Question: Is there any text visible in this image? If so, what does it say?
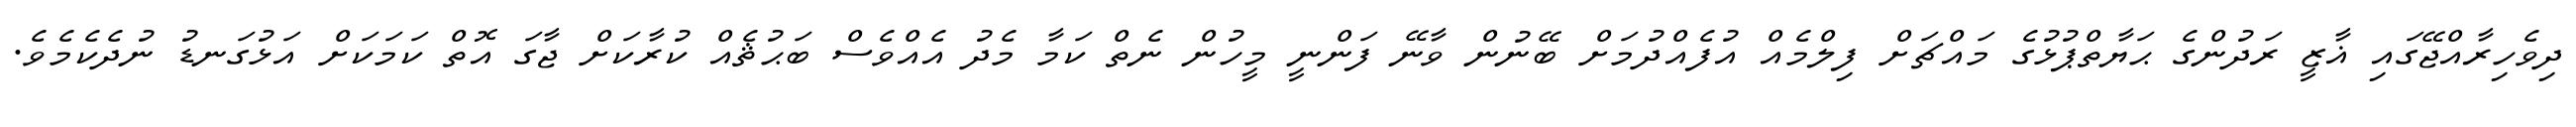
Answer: ދިވެހިރާއްޖޭގައި ޣާޒީ ރަދުންގެ ޙަޔާތްޕުޅުގެ މައްޗަށް ފިލްމެއް އުފެއްދުމަށް ބޭނުން ވާނޭ ފަންނީ މީހުން ނެތް ކަމާ މެދު އެއްވެސް ބަޙުޘެއް ކުރާކަށް ޖާގަ އޮތް ކަމަކަށް އަޅުގަނޑު ނުދެކެމެވެ.